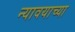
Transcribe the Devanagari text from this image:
न्यावयाच्या